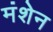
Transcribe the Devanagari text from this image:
मंशेन